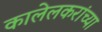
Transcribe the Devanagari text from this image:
कालेलकरांच्या